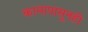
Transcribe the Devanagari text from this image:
कामापासूनही